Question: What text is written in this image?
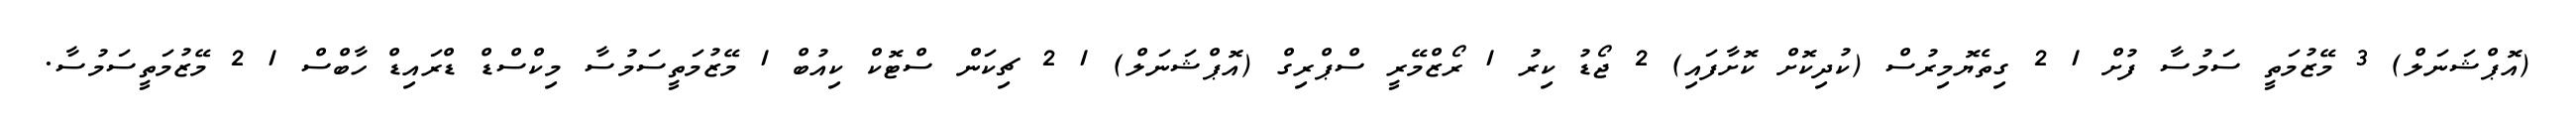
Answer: (އޮޕްޝަނަލް) 3 މޭޒުމަތީ ސަމުސާ ފުށް 1 2 ގިތެޔޮމިރުސް (ކުދިކޮށް ކޮށާފައި) 2 ޖޯޑު ކިރު 1 ރޯޒްމޭރީ ސްޕްރިގް (އޮޕްޝަނަލް) 1 2 ޗިކަން ސްޓޮކް ކިއުބް 1 މޭޒުމަތީސަމުސާ މިކްސްޑް ޑްރައިޑް ހާބްސް 1 2 މޭޒުމަތީސަމުސާ.